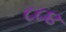
૮૮૪